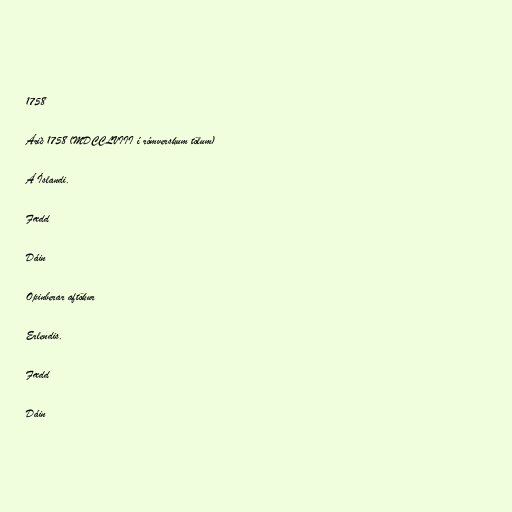
1758

Árið 1758 (MDCCLVIII í rómverskum tölum)

Á Íslandi.

Fædd

Dáin

Opinberar aftökur

Erlendis.

Fædd

Dáin